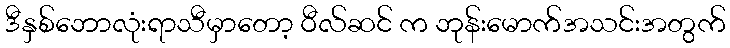
ဒီနှစ်ဘောလုံးရာသီမှာတော့ ဝီလ်ဆင် က ဘုန်းမောက်အသင်းအတွက်